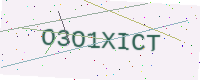
Text: O3O1XICT